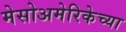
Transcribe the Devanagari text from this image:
मेसोअमेरिकेच्या